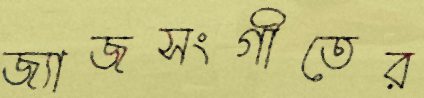
জ্যাজসংগীতের